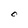
Character: c